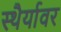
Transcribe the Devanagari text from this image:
स्थैर्यावर